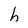
Character: h